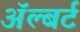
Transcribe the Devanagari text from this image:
ॲल्बर्ट